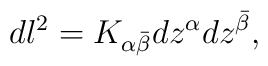
dl^2=K_{\alpha{\bar\beta}}dz^{\alpha} dz^{\bar\beta},